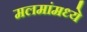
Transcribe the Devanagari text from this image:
मलमांमध्ये